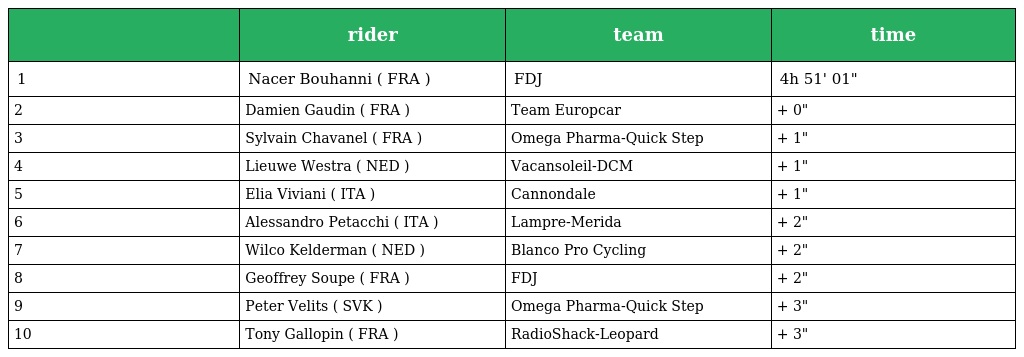
|  | rider | team | time |
 | --- | --- | --- | --- |
 | 1 | Nacer Bouhanni ( FRA ) | FDJ | 4h 51' 01" |
 | 2 | Damien Gaudin ( FRA ) | Team Europcar | + 0" |
 | 3 | Sylvain Chavanel ( FRA ) | Omega Pharma-Quick Step | + 1" |
 | 4 | Lieuwe Westra ( NED ) | Vacansoleil-DCM | + 1" |
 | 5 | Elia Viviani ( ITA ) | Cannondale | + 1" |
 | 6 | Alessandro Petacchi ( ITA ) | Lampre-Merida | + 2" |
 | 7 | Wilco Kelderman ( NED ) | Blanco Pro Cycling | + 2" |
 | 8 | Geoffrey Soupe ( FRA ) | FDJ | + 2" |
 | 9 | Peter Velits ( SVK ) | Omega Pharma-Quick Step | + 3" |
 | 10 | Tony Gallopin ( FRA ) | RadioShack-Leopard | + 3" |